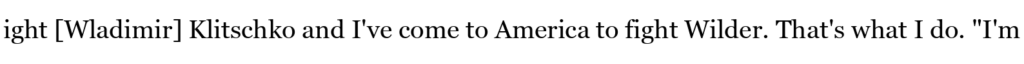
ight [Wladimir] Klitschko and I've come to America to fight Wilder. That's what I do. "I'm